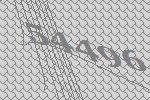
54496